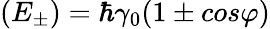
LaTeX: (E_{\pm})=\hbar\gamma_{0}(1\pm cos\varphi)